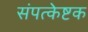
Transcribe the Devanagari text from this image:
संपत्केष्टक